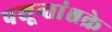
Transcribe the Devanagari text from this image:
पशून्तांश्चक्रे